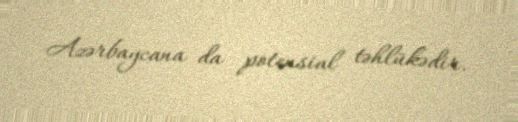
Azərbaycana da potensial təhlükədir.